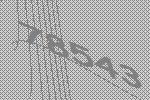
78543